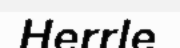
Herrle